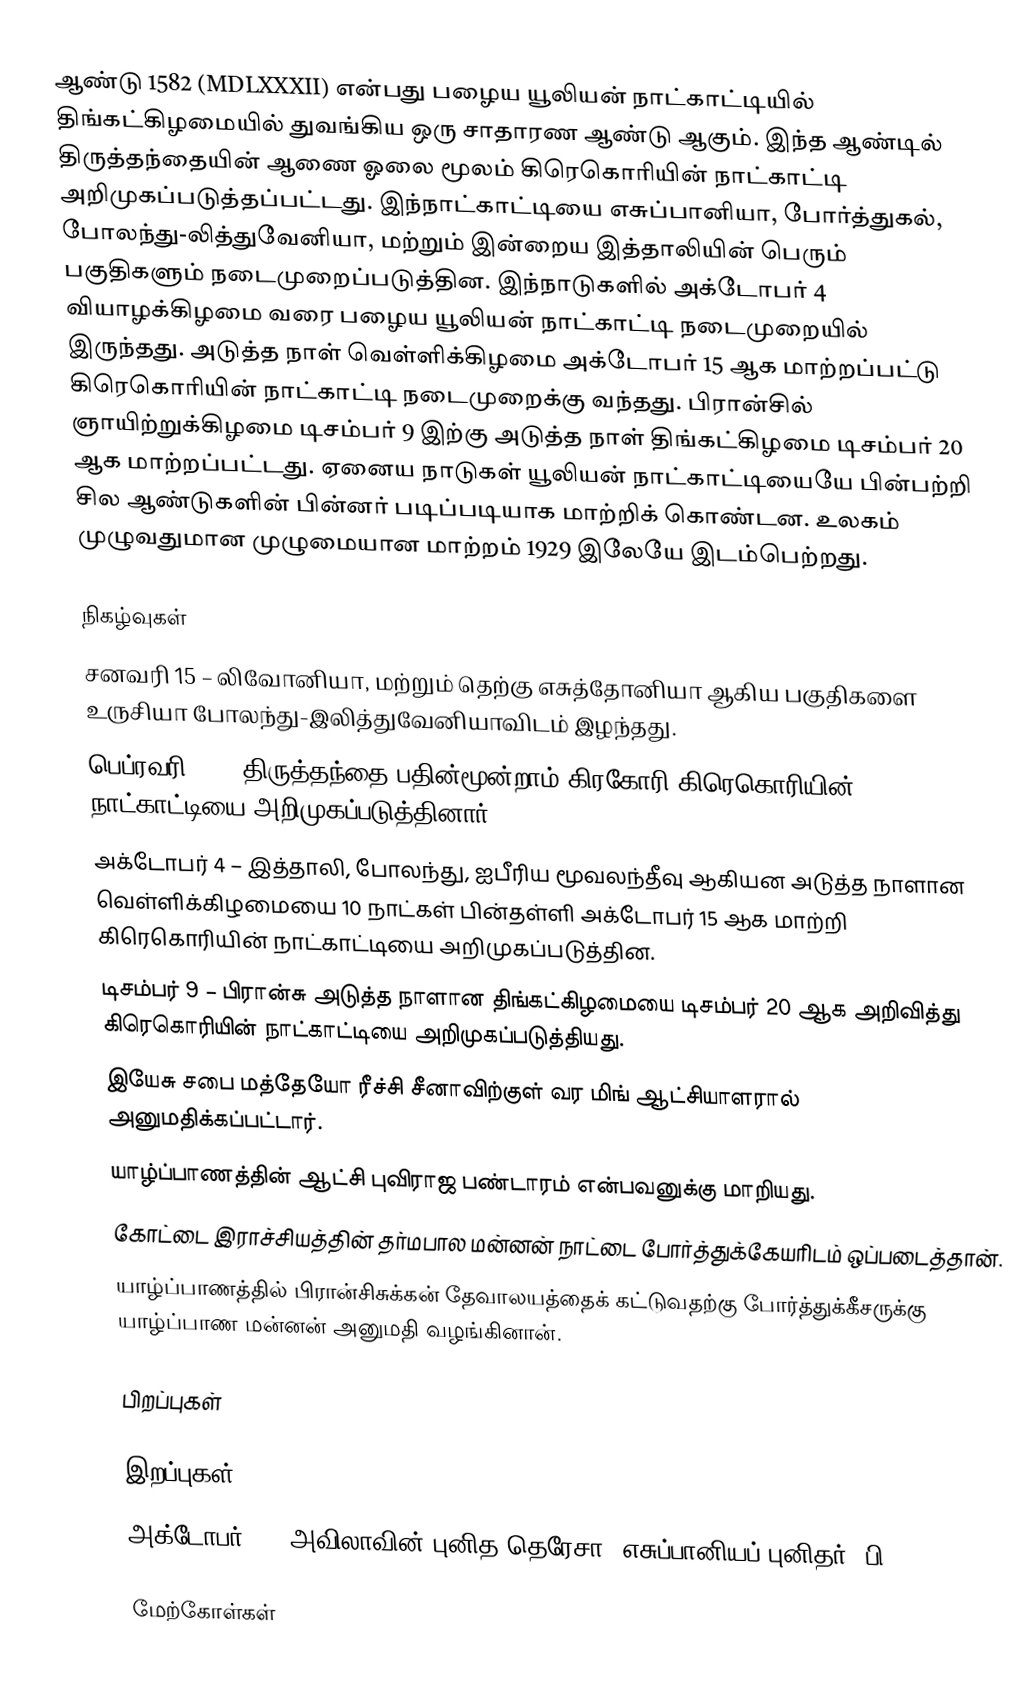
ஆண்டு 1582 (MDLXXXII) என்பது பழைய யூலியன் நாட்காட்டியில் திங்கட்கிழமையில் துவங்கிய ஒரு சாதாரண ஆண்டு ஆகும். இந்த ஆண்டில்  திருத்தந்தையின் ஆணை ஓலை மூலம் கிரெகொரியின் நாட்காட்டி அறிமுகப்படுத்தப்பட்டது. இந்நாட்காட்டியை எசுப்பானியா, போர்த்துகல், போலந்து-லித்துவேனியா, மற்றும் இன்றைய இத்தாலியின் பெரும் பகுதிகளும் நடைமுறைப்படுத்தின. இந்நாடுகளில்  அக்டோபர் 4 வியாழக்கிழமை வரை பழைய யூலியன் நாட்காட்டி நடைமுறையில் இருந்தது. அடுத்த நாள் வெள்ளிக்கிழமை அக்டோபர் 15 ஆக மாற்றப்பட்டு கிரெகொரியின் நாட்காட்டி நடைமுறைக்கு வந்தது. பிரான்சில் ஞாயிற்றுக்கிழமை டிசம்பர் 9 இற்கு அடுத்த நாள் திங்கட்கிழமை டிசம்பர் 20 ஆக மாற்றப்பட்டது. ஏனைய நாடுகள் யூலியன் நாட்காட்டியையே பின்பற்றி சில ஆண்டுகளின் பின்னர் படிப்படியாக மாற்றிக் கொண்டன. உலகம் முழுவதுமான முழுமையான மாற்றம் 1929 இலேயே இடம்பெற்றது.

நிகழ்வுகள்
 சனவரி 15 – லிவோனியா, மற்றும் தெற்கு எசுத்தோனியா ஆகிய பகுதிகளை உருசியா போலந்து-இலித்துவேனியாவிடம் இழந்தது.
 பெப்ரவரி 24 – திருத்தந்தை பதின்மூன்றாம் கிரகோரி கிரெகொரியின் நாட்காட்டியை அறிமுகப்படுத்தினார்.
 அக்டோபர் 4 – இத்தாலி, போலந்து, ஐபீரிய மூவலந்தீவு ஆகியன அடுத்த நாளான வெள்ளிக்கிழமையை 10 நாட்கள் பின்தள்ளி அக்டோபர் 15 ஆக மாற்றி கிரெகொரியின் நாட்காட்டியை அறிமுகப்படுத்தின.
 டிசம்பர் 9 – பிரான்சு அடுத்த நாளான திங்கட்கிழமையை டிசம்பர் 20 ஆக அறிவித்து கிரெகொரியின் நாட்காட்டியை அறிமுகப்படுத்தியது.
 இயேசு சபை மத்தேயோ ரீச்சி சீனாவிற்குள் வர மிங் ஆட்சியாளரால் அனுமதிக்கப்பட்டார்.
 யாழ்ப்பாணத்தின் ஆட்சி புவிராஜ பண்டாரம் என்பவனுக்கு மாறியது.
 கோட்டை இராச்சியத்தின் தர்மபால மன்னன் நாட்டை போர்த்துக்கேயரிடம் ஒப்படைத்தான்.
 யாழ்ப்பாணத்தில் பிரான்சிசுக்கன் தேவாலயத்தைக் கட்டுவதற்கு போர்த்துக்கீசருக்கு யாழ்ப்பாண மன்னன் அனுமதி வழங்கினான்.

பிறப்புகள்

இறப்புகள்
 அக்டோபர் 4 – அவிலாவின் புனித தெரேசா, எசுப்பானியப் புனிதர் (பி. 1515)

மேற்கோள்கள்